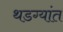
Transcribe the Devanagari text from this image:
थडग्यांत